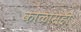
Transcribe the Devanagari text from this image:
काळासही